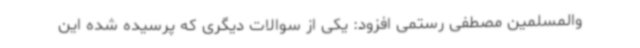
والمسلمین مصطفی رستمی افزود:‌ یکی از سوالات دیگری که پرسیده شده این